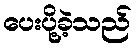
ပေးပို့ခဲ့သည်